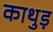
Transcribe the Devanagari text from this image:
काथुड़